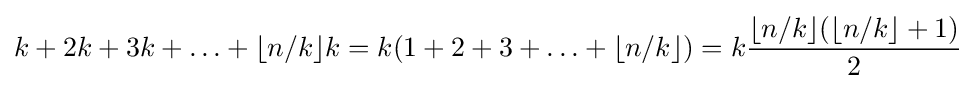
k+2k+3k+\ldots +\lfloor n/k\rfloor k=k(1+2+3+\ldots +\lfloor n/k\rfloor )=k{\frac {\lfloor n/k\rfloor (\lfloor n/k\rfloor +1)}{2}}